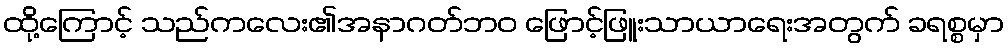
ထို့ကြောင့် သည်ကလေး၏အနာဂတ်ဘဝ ဖြောင့်ဖြူးသာယာရေးအတွက် ခရစ္စမှာ